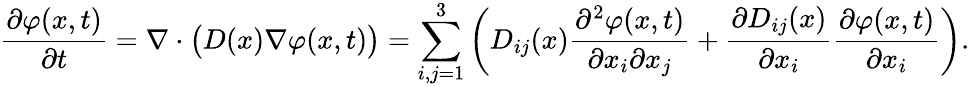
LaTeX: {\frac{\partial\varphi(x,t)}{\partial t}}=\nabla\cdot{\bigl(}D(x)\nabla\varphi(x,t){\bigr)}=\sum_{i,j=1}^{3}\left(D_{ij}(x){\frac{\partial^{2}\varphi(x,t)}{\partial x_{i}\partial x_{j}}}+{\frac{\partial D_{ij}(x)}{\partial x_{i}}}{\frac{\partial\varphi(x,t)}{\partial x_{i}}}\right).